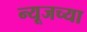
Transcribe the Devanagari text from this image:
न्यूजच्या